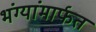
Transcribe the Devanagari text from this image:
भंग्यांमार्फत